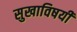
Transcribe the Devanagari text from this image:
सुखाविषयी